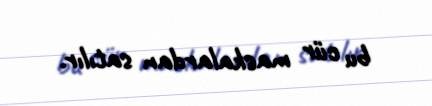
bu cür maskalardan satılır.